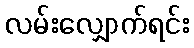
လမ်းလျှောက်ရင်း